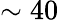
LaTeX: \sim 40